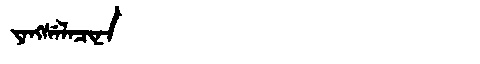
Manchu: ᠶᠠᠩᠰᡝᠯᠠᠴᡳᠨᠠ
Romanization: YANGSELACINA